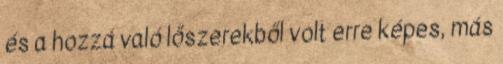
és a hozzá való lőszerekből volt erre képes, más